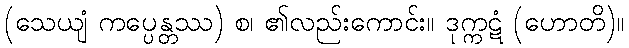
(သေယျံ ကပ္ပေန္တဿ) စ၊ ၏လည်းကောင်း။ ဒုက္ကဋံ (ဟောတိ)။